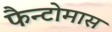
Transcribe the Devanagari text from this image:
फैन्टोमास